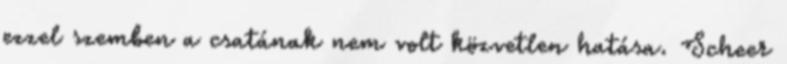
ezzel szemben a csatának nem volt közvetlen hatása. Scheer